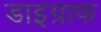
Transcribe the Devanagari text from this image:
डाइग्राफ